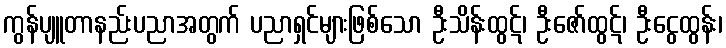
ကွန်ပျူတာနည်းပညာအတွက် ပညာရှင်များဖြစ်သော ဦးသိန်းထွဋ်၊ ဦးဇော်ထွဋ်၊ ဦးငွေထွန်း၊